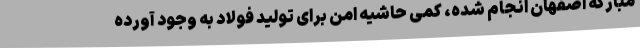
مبارکه اصفهان انجام شده، کمی حاشیه امن برای تولید فولاد به وجود آورده